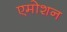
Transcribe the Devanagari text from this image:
एमोशन